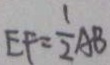
E F = \frac { 1 } { 2 } A B